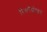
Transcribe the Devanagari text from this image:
रिकाॅग्नीशन